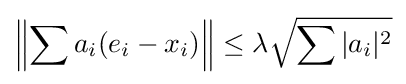
\left\|\sum a_{i}(e_{i}-x_{i})\right\|\leq \lambda {\sqrt {\sum |a_{i}|^{2}}}